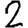
Digit: 2